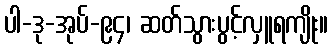
ပါ-ဒု-အုပ်-၉၄၊ ဆတ်သွားပွင့်လှူရကျိုး။